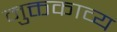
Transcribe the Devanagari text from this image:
मुक्तकाव्य